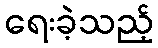
ရေးခဲ့သည့်